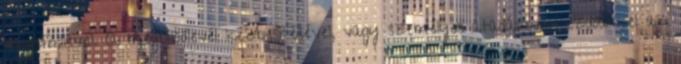
megbízólevél. A megbízólevél kézbesítésével, vagy személyes átadásával·kezdődik el az